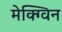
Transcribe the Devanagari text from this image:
मेक्ग्विन